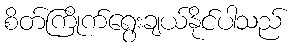
စိတ်ကြိုက်ရွေးချယ်နိုင်ပါသည်